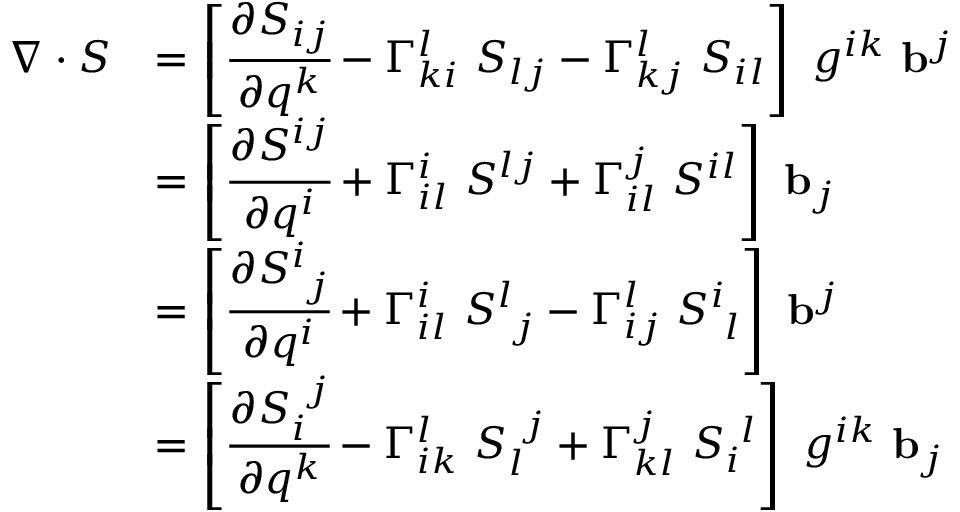
{ \begin{array} { r l } { { \boldsymbol { \nabla } } \cdot { \boldsymbol { S } } } & { = \left[ { \cfrac { \partial S _ { i j } } { \partial q ^ { k } } } - \Gamma _ { k i } ^ { l } ~ S _ { l j } - \Gamma _ { k j } ^ { l } ~ S _ { i l } \right] ~ g ^ { i k } ~ \mathbf { b } ^ { j } } \\ & { = \left[ { \cfrac { \partial S ^ { i j } } { \partial q ^ { i } } } + \Gamma _ { i l } ^ { i } ~ S ^ { l j } + \Gamma _ { i l } ^ { j } ~ S ^ { i l } \right] ~ \mathbf { b } _ { j } } \\ & { = \left[ { \cfrac { \partial S _ { ~ j } ^ { i } } { \partial q ^ { i } } } + \Gamma _ { i l } ^ { i } ~ S _ { ~ j } ^ { l } - \Gamma _ { i j } ^ { l } ~ S _ { ~ l } ^ { i } \right] ~ \mathbf { b } ^ { j } } \\ & { = \left[ { \cfrac { \partial S _ { i } ^ { ~ j } } { \partial q ^ { k } } } - \Gamma _ { i k } ^ { l } ~ S _ { l } ^ { ~ j } + \Gamma _ { k l } ^ { j } ~ S _ { i } ^ { ~ l } \right] ~ g ^ { i k } ~ \mathbf { b } _ { j } } \end{array} }